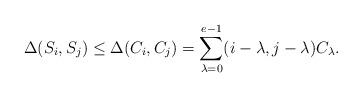
LaTeX: \begin{align*}\Delta(S_i,S_j)\leq \Delta(C_i,C_j)=\sum_{\lambda=0}^{e-1}(i-\lambda,j-\lambda)C_{\lambda}.\end{align*}